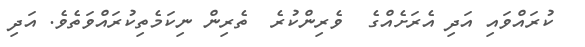
ކުރައްވައި އަދި އެރަށެއްގެ  ވެރިންކުރެ  ތެރިން ނިކަމެތިކުރައްވަތެވެ. އަދި